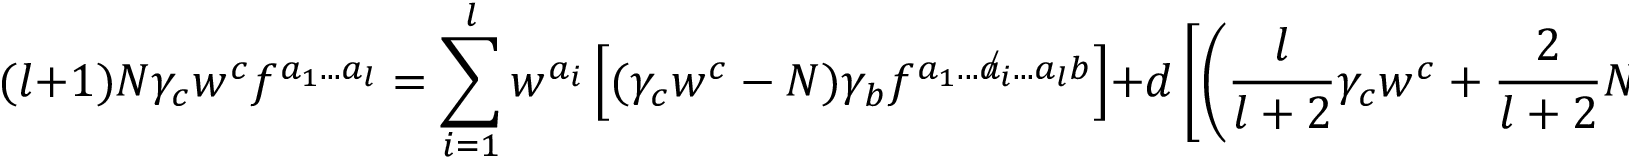
( l + 1 ) N \gamma _ { c } w ^ { c } f ^ { a _ { 1 } . . . a _ { l } } = \sum _ { i = 1 } ^ { l } w ^ { a _ { i } } \left[ ( \gamma _ { c } w ^ { c } - N ) \gamma _ { b } f ^ { a _ { 1 } . . . { \not a _ { i } } . . . a _ { l } b } \right] + d \left[ \left( \frac { l } { l + 2 } \gamma _ { c } w ^ { c } + \frac { 2 } { l + 2 } N \right) \gamma _ { b } j ^ { a _ { 1 } . . . a _ { l } b } \right] ,